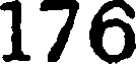
176